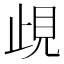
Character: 𧠛